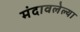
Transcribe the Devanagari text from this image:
मंदावलेल्या